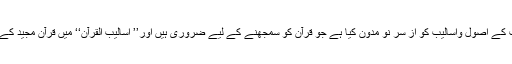
انھوں نے ’’جمہرۃ البلاغہ‘‘ میں بلاغت کے اصول واسالیب کو از سر نو مدون کیا ہے جو قرآن کو سمجھنے کے لیے ضروری ہیں اور’’ اسالیب القرآن‘‘ میں قرآن مجید کے بعض بلیغ اسالیب کی نشاندہی کی ہے۔